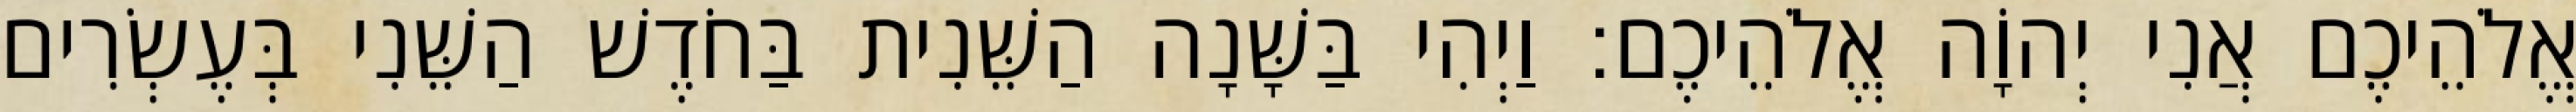
אֱלֹהֵיכֶם אֲנִי יְהוָֹה אֱלֹהֵיכֶם׃ וַיְהִי בַּשָּׁנָה הַשֵּׁנִית בַּחֹדֶשׁ הַשֵּׁנִי בְּעֶשְׂרִים